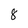
Character: 8